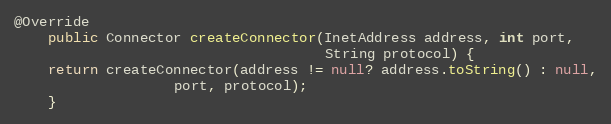
Language: Java
@Override
	public Connector createConnector(InetAddress address, int port,
                                     String protocol) {
	return createConnector(address != null? address.toString() : null,
			       port, protocol);
    }